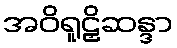
အဝိရူဠှိဆန္ဒာ